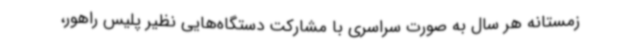
زمستانه هر سال به صورت سراسری با مشارکت دستگاه‌هایی نظیر پلیس راهور،